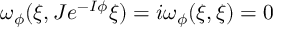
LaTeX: \omega _ { \phi } ( \xi , J e ^ { - I \phi } \xi ) = i \omega _ { \phi } ( \xi , \xi ) = 0